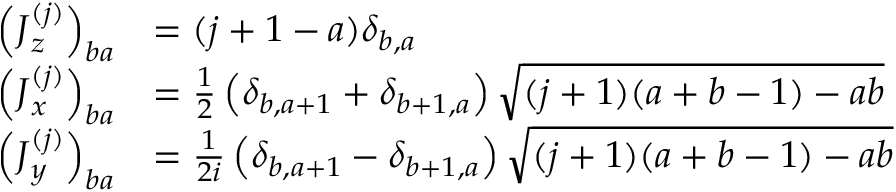
{ \begin{array} { r l } { \left( { \boldsymbol { J } } _ { z } ^ { ( j ) } \right) _ { b a } } & { = ( j + 1 - a ) \delta _ { b , a } } \\ { \left( { \boldsymbol { J } } _ { x } ^ { ( j ) } \right) _ { b a } } & { = { \frac { 1 } { 2 } } \left( \delta _ { b , a + 1 } + \delta _ { b + 1 , a } \right) { \sqrt { ( j + 1 ) ( a + b - 1 ) - a b } } } \\ { \left( { \boldsymbol { J } } _ { y } ^ { ( j ) } \right) _ { b a } } & { = { \frac { 1 } { 2 i } } \left( \delta _ { b , a + 1 } - \delta _ { b + 1 , a } \right) { \sqrt { ( j + 1 ) ( a + b - 1 ) - a b } } } \end{array} }